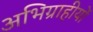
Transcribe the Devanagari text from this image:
अभिग्राहीयों